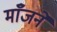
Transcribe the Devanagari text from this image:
माँजने